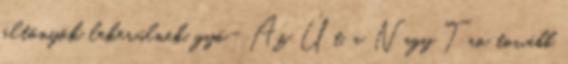
öltönyök lekerülnek, gyö- Az Út, a Nagy Tao tovább